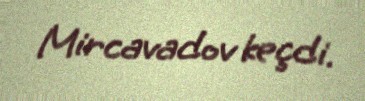
Mircavadov keçdi.